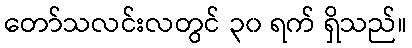
တော်သလင်းလတွင် ၃၀ ရက် ရှိသည်။